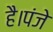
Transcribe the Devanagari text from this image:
है।पंजे